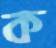
ক